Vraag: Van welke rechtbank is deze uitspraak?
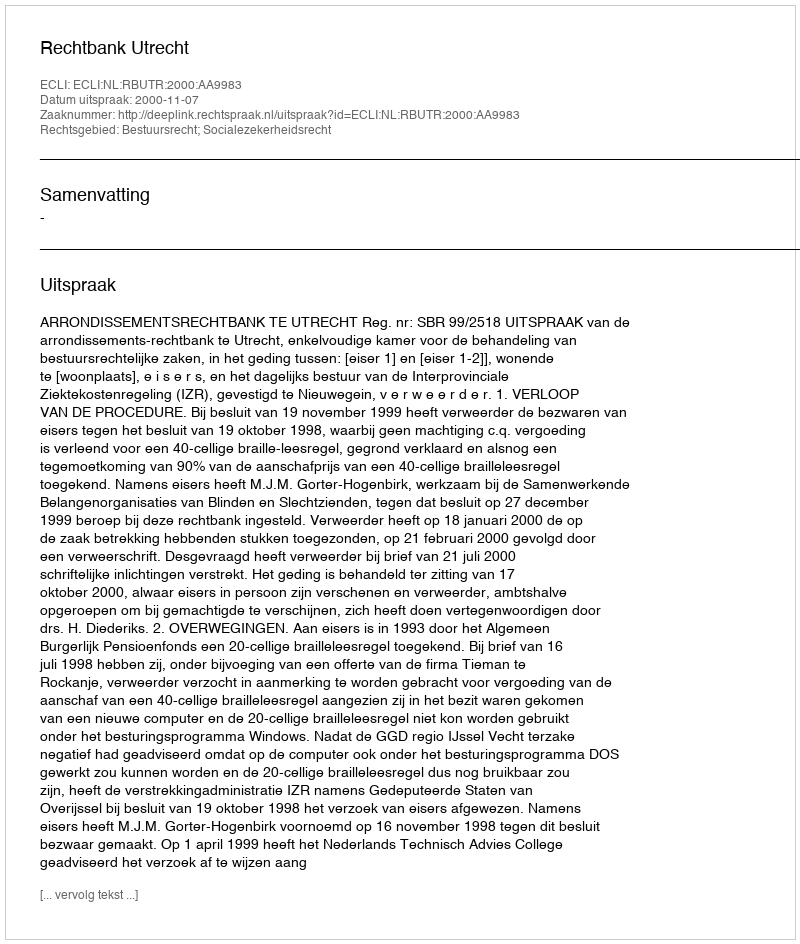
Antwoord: Rechtbank Utrecht